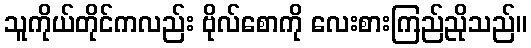
သူကိုယ်တိုင်ကလည်း ဗိုလ်စောကို လေးစားကြည်ညိုသည်။